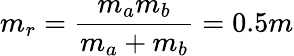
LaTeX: m_{r}=\frac{m_{a}m_{b}}{m_{a}+m_{b}}=0.5m